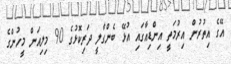
އޭގެ އިތުރުން އިރުމަތީ އިންޑިއާގައި އުޅޭ ބެންގާލީ ދަރިކޮޅުގެ 90 މިލިއަން މީހުންގެ